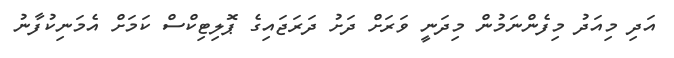
އަދި މިއަދު މިފެންނަމުން މިދަނީ ވަރަށް ދަށު ދަރަޖައިގެ ޕޮލިޓިކްސް ކަމަށް އެމަނިކުފާނު